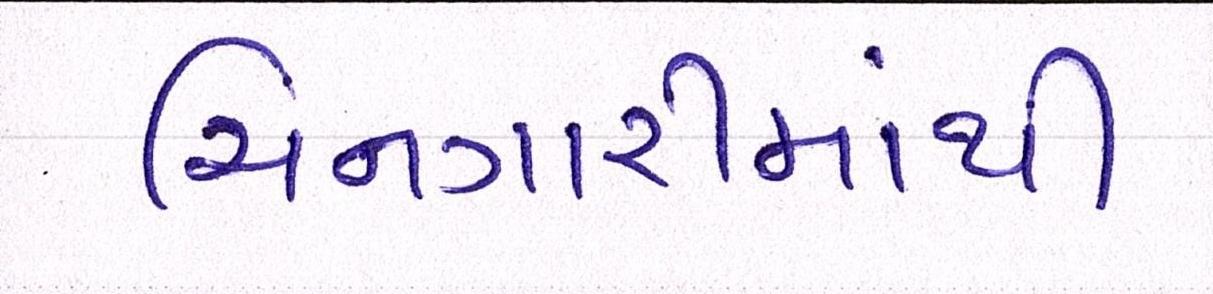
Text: ચિનગારીમાંથી